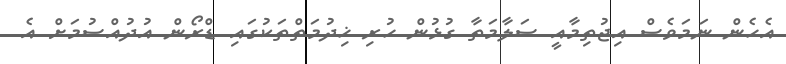
އެހެން ނަމަވެސް އިޖުތިމާއީ ސަލާމަތާ ގުޅުން ހުރި ޚިދުމަތްތަކުގައި ޑްރޯން އުދުއްސުމަށް އެ